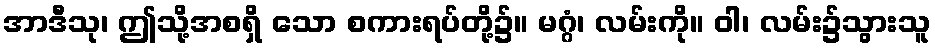
အာဒီသု၊ ဤသို့အစရှိ သော စကားရပ်တို့၌။ မဂ္ဂံ၊ လမ်းကို။ ဝါ၊ လမ်း၌သွားသူ